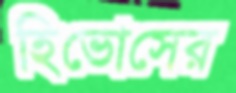
হিভোসের